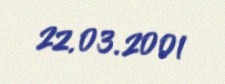
22.03.2001